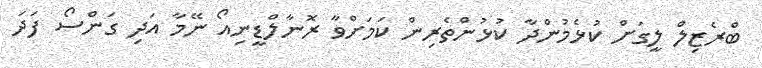
ބްރެޒިލް ލީގަށް ކުޅެމުންދާ ކުޅުންތެރިން ކަމަށްވާ ރޮނާލްޑީނިއޯ ނޭމާ އަދި ގަންސޯ ފަދަ